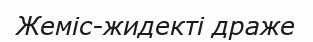
Жеміс-жидекті драже